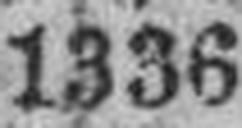
1336